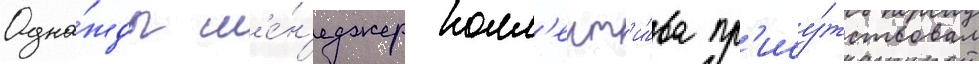
Одна́жды м'е́н'еджер колл'ект'и́ва пр'ису́тствовал